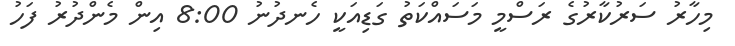
މިހާރު ސަރުކާރުގެ ރަސްމީ މަސައްކަތު ގަޑިއަކީ ހެނދުނު 8:00 އިން މެންދުރު ފަހު